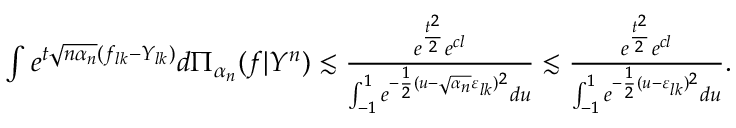
\begin{array} { r } { \int e ^ { t \sqrt { n \alpha _ { n } } ( f _ { l k } - Y _ { l k } ) } d \Pi _ { \alpha _ { n } } ( f | Y ^ { n } ) \lesssim \frac { e ^ { \frac { t ^ { 2 } } { 2 } } e ^ { c l } } { \int _ { - 1 } ^ { 1 } e ^ { - \frac { 1 } { 2 } ( u - \sqrt { \alpha _ { n } } \varepsilon _ { l k } ) ^ { 2 } } d u } \lesssim \frac { e ^ { \frac { t ^ { 2 } } { 2 } } e ^ { c l } } { \int _ { - 1 } ^ { 1 } e ^ { - \frac { 1 } { 2 } ( u - \varepsilon _ { l k } ) ^ { 2 } } d u } . } \end{array}